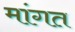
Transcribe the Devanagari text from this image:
मांगत